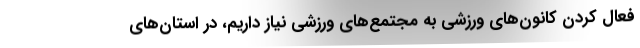
فعال کردن کانون‌های ورزشی به مجتمع‌های ورزشی نیاز داریم، در استان‌های